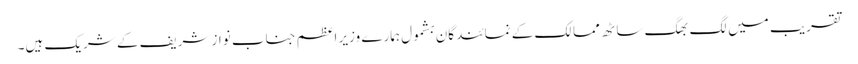
تقریب میں لگ بھگ ساٹھ ممالک کے نمائندگان بشمول ہمارے وزیرِ اعظم جناب نواز شریف کے شریک ہیں۔